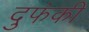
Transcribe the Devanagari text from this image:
दुफंकी